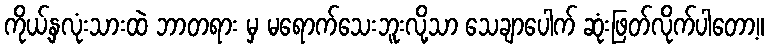
ကိုယ့်နှလုံးသားထဲ ဘာတရား မှ မရောက်သေးဘူးလို့သာ သေချာပေါက် ဆုံးဖြတ်လိုက်ပါတော့။